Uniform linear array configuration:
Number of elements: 16
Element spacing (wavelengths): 0.25
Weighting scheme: kaiser
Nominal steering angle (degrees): -30
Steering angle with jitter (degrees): -29.934
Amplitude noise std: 0.05
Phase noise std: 0.05

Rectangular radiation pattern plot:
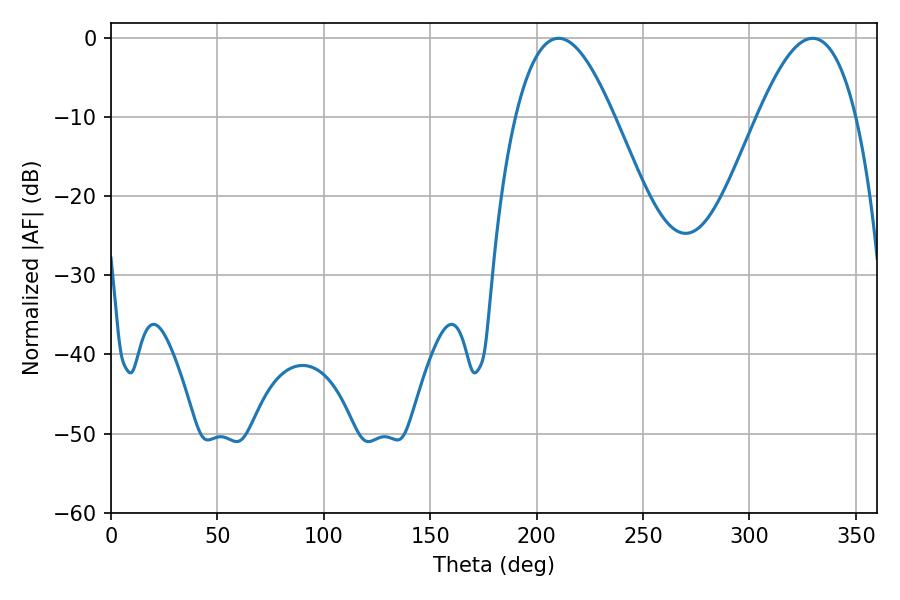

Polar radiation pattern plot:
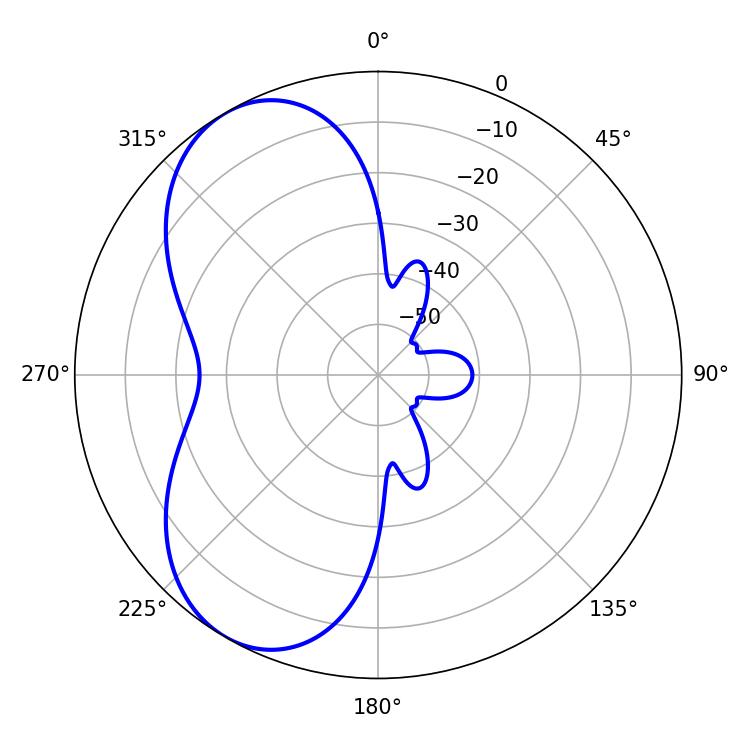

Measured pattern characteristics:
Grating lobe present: FALSE
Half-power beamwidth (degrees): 25.2
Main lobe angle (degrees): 329.76